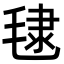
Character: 𪵞